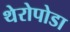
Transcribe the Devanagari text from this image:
थेरोपोडा